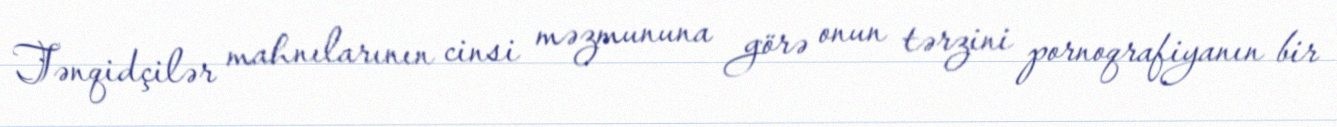
Tənqidçilər mahnılarının cinsi məzmununa görə onun tərzini pornoqrafiyanın bir